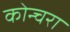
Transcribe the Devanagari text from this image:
कोन्चरा